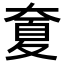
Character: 𡙣